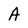
Character: A